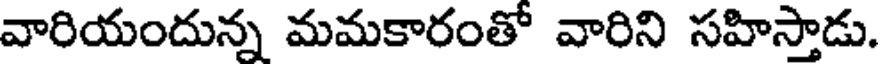
వారియందున్న మమకారంతో వారిని సహిస్తాడు.